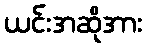
ယင်းအဆိုအား